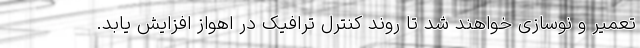
تعمیر و نوسازی خواهند شد تا روند کنترل ترافیک در اهواز افزایش یابد.